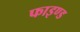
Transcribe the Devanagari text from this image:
फाइण्ड